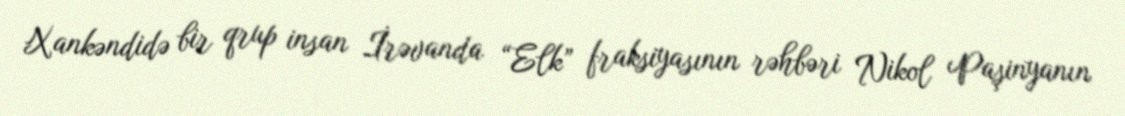
Xankəndidə bir qrup insan İrəvanda “Elk” fraksiyasının rəhbəri Nikol Paşinyanın